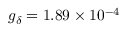
g _ { \delta } = 1 . 8 9 \times 1 0 ^ { - 4 }